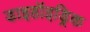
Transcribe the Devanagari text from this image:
डाइहॉइड्रिक